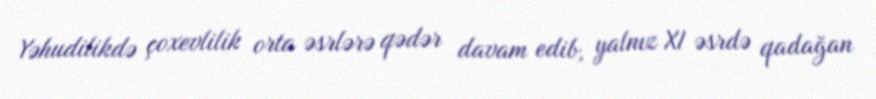
Yəhudilikdə çoxevlilik orta əsrlərə qədər davam edib, yalnız XI əsrdə qadağan